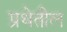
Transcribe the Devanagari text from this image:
प्रथेतील